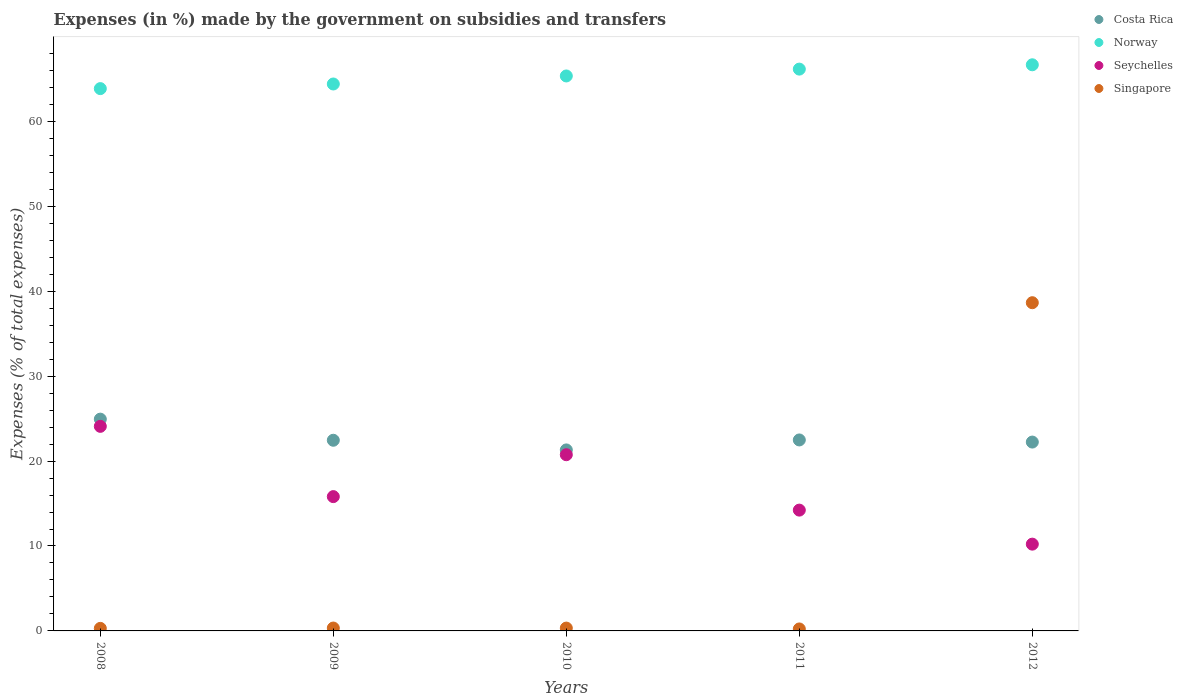
| Years | Costa Rica | Norway | Seychelles | Singapore |
 | --- | --- | --- | --- | --- |
 | 2008 | 24.9 | 63.9 | 24.1 | 0.299 |
 | 2009 | 22.5 | 64.4 | 15.8 | 0.339 |
 | 2010 | 21.3 | 65.3 | 20.7 | 0.334 |
 | 2011 | 22.5 | 66.2 | 14.2 | 0.234 |
 | 2012 | 22.2 | 66.7 | 10.2 | 38.6 |